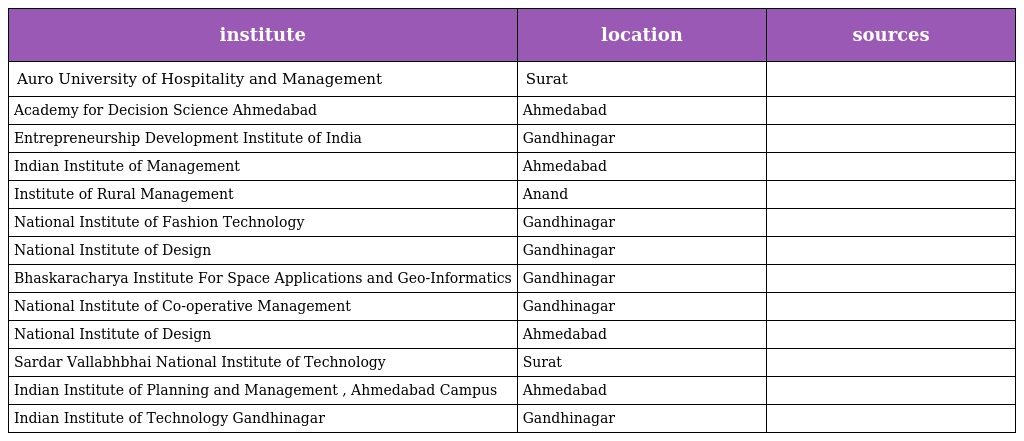
| institute | location | sources |
 | --- | --- | --- |
 | Auro University of Hospitality and Management | Surat |  |
 | Academy for Decision Science Ahmedabad | Ahmedabad |  |
 | Entrepreneurship Development Institute of India | Gandhinagar |  |
 | Indian Institute of Management | Ahmedabad |  |
 | Institute of Rural Management | Anand |  |
 | National Institute of Fashion Technology | Gandhinagar |  |
 | National Institute of Design | Gandhinagar |  |
 | Bhaskaracharya Institute For Space Applications and Geo-Informatics | Gandhinagar |  |
 | National Institute of Co-operative Management | Gandhinagar |  |
 | National Institute of Design | Ahmedabad |  |
 | Sardar Vallabhbhai National Institute of Technology | Surat |  |
 | Indian Institute of Planning and Management , Ahmedabad Campus | Ahmedabad |  |
 | Indian Institute of Technology Gandhinagar | Gandhinagar |  |